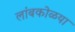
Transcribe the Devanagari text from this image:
लांबकोळया